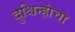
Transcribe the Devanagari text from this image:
दुश्चिन्हांचा